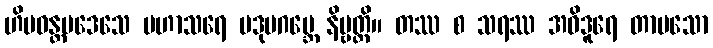
ဟိမဝန္တပဒေသေ မဟာသရေ ပဒုမဂဗ္ဘေ နိဗ္ဗတ္တိ။ တဿ စ သရဿ အဝိဒူရေ တာပသော